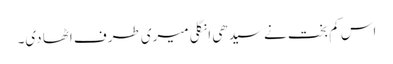
اس کم بخت نے سیدھی انگلی میری طرف اٹھا دی۔